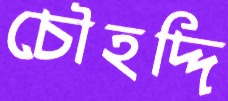
চৌহদ্দি